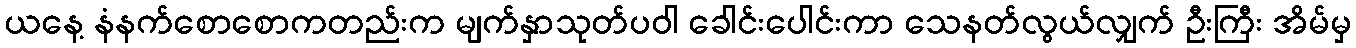
ယနေ့ နံနက်စောစောကတည်းက မျက်နှာသုတ်ပဝါ ခေါင်းပေါင်းကာ သေနတ်လွယ်လျှက် ဦးကြီး အိမ်မှ